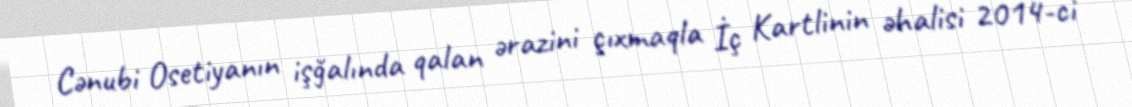
Cənubi Osetiyanın işğalında qalan ərazini çıxmaqla İç Kartlinin əhalisi 2014-ci